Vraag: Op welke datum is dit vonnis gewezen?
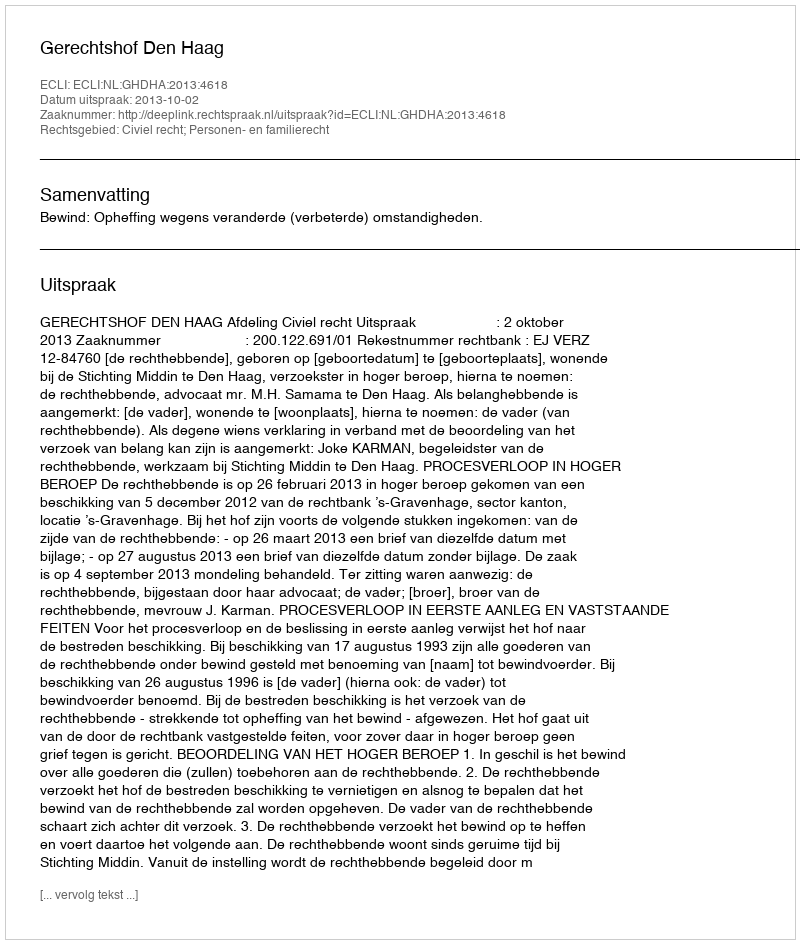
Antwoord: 2013-10-02